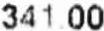
341.00